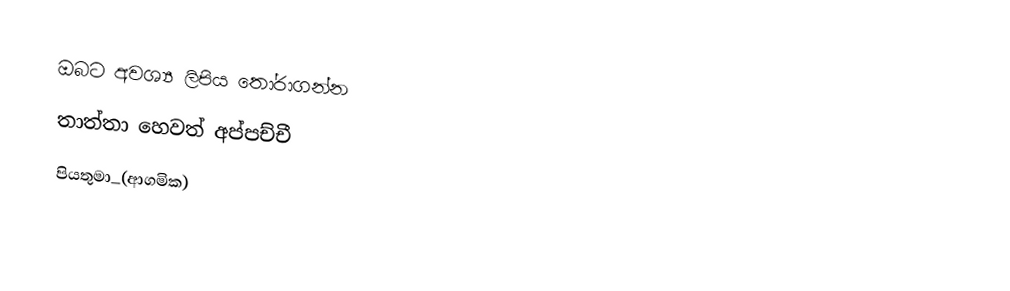
ඔබට අවශ්‍ය ලිපිය තෝරාගන්න
 තාත්තා හෙවත් අප්පච්චී
 පියතුමා_(ආගමික)